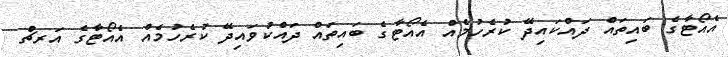
އެއޯޓާގެ ބައިތައް ދައްކައިދޭ ކުރެހުމެއް އެއޯޓާގެ ބައިތައް ދައްކުވައިދޭ ކުރެހުމެއް އެއޯޓާގެ އަރޗް